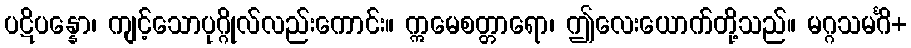
ပဋိပန္နော၊ ကျင့်သောပုဂ္ဂိုလ်လည်းကောင်း။ ဣမေစတ္တာရော၊ ဤလေးယောက်တို့သည်။ မဂ္ဂသမင်္ဂိ+